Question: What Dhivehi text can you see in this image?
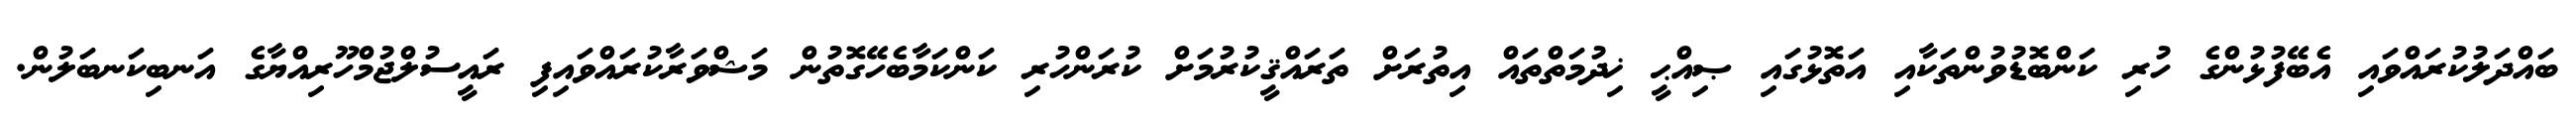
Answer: ބައްދަލުކުރައްވައި އެބޭފުޅުންގެ ހުރި ކަންބޮޑުވުންތަކާއި އަތޮޅުގައި ޞިއްޙީ ޚިދުމަތްތައް އިތުރަށް ތަރައްޤީކުރުމަށް ކުރަންހުރި ކަންކަމާބެހޭގޮތުން މަޝްވަރާކުރައްވައިފި ރައީސުލްޖުމްހޫރިއްޔާގެ އަނބިކަނބަލުން.